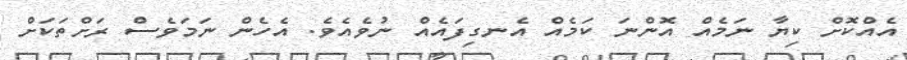
އެއްކޮށް ކިޔާ ނަމެއް އޮންނަ ކަމެއް އެނގިފައެއް ނުވެއެވެ. އެހެން ނަމަވެސް ރަށްތަކަށް